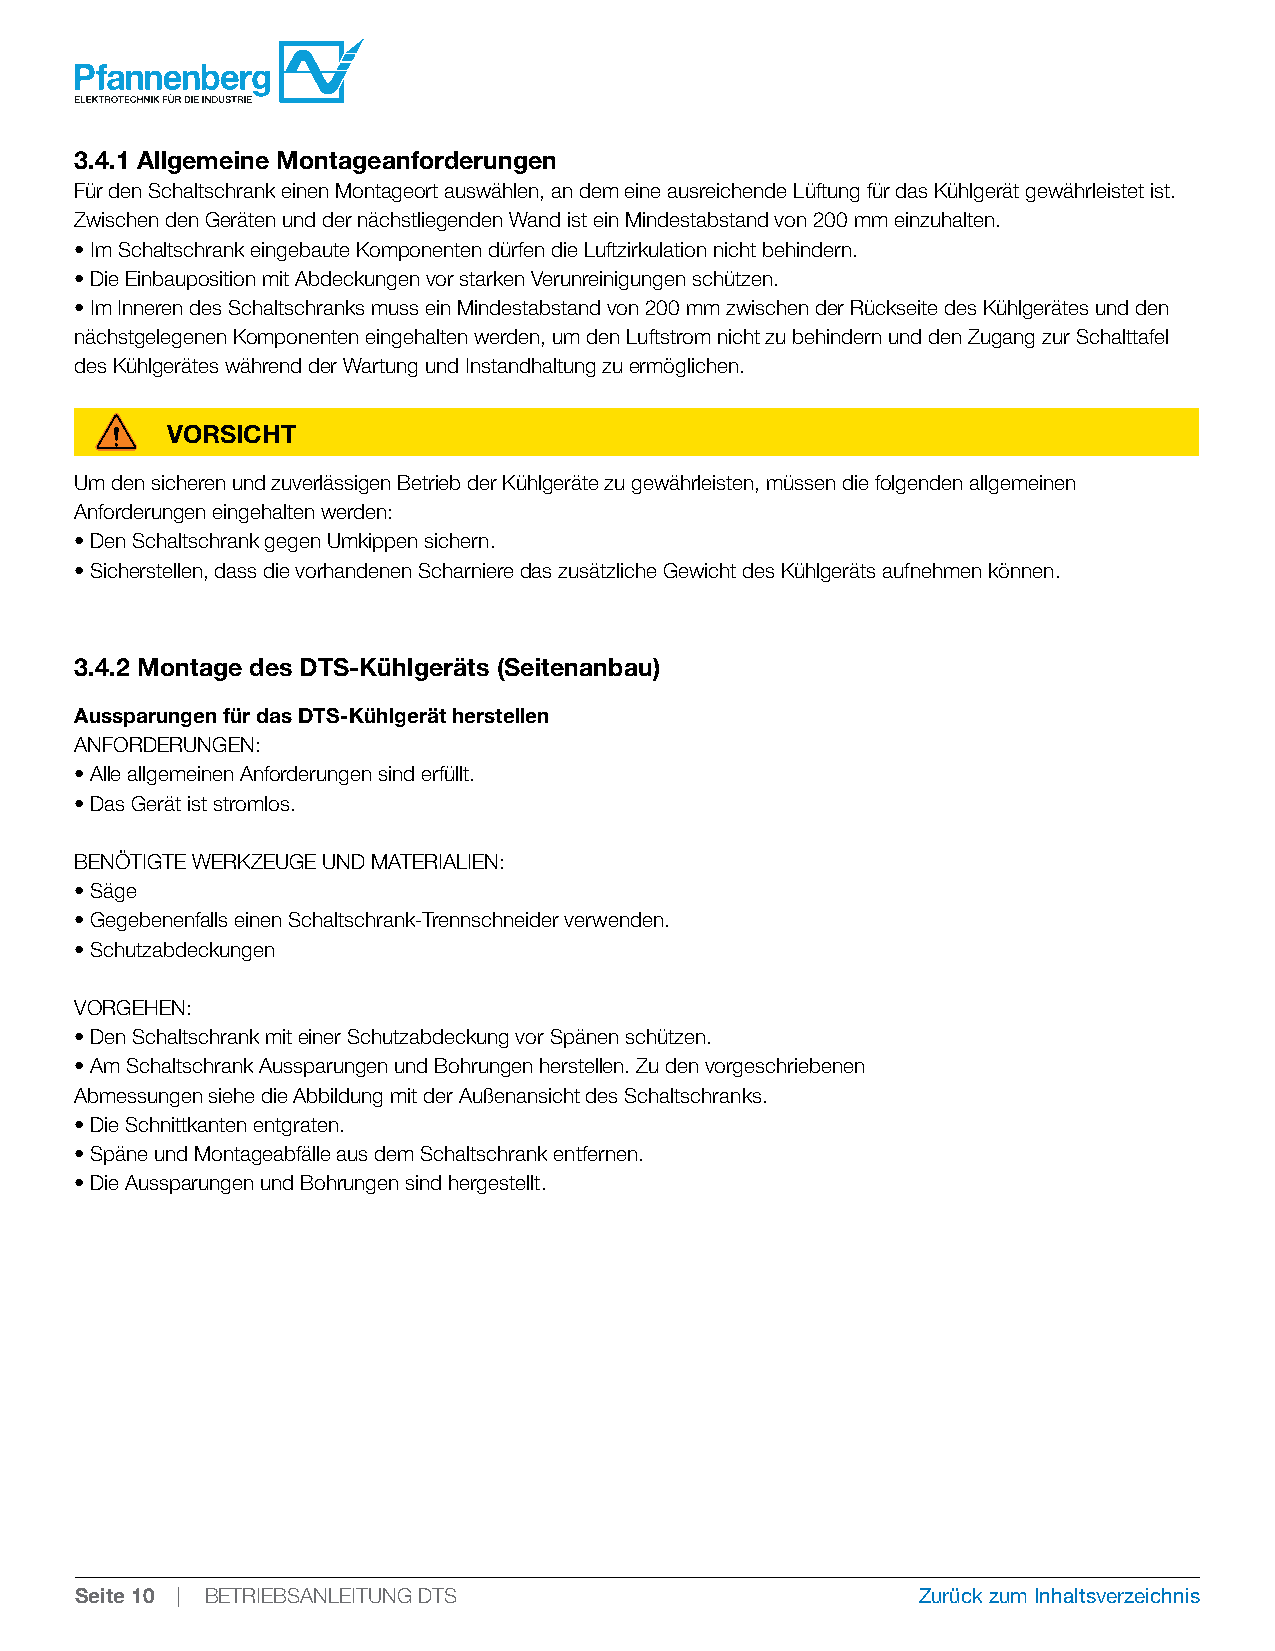
3.4.1 Allgemeine Montageanforderungen
 Für den Schaltschrank einen Montageort auswählen, an dem eine ausreichende Lüftung für das Kühlgerät gewährleistet ist.
 Zwischen den Geräten und der nächstliegenden Wand ist ein Mindestabstand von 200 mm einzuhalten.
 • Im Schaltschrank eingebaute Komponenten dürfen die Luftzirkulation nicht behindern.
 • Die Einbauposition mit Abdeckungen vor starken Verunreinigungen schützen.
 • Im Inneren des Schaltschranks muss ein Mindestabstand von 200 mm zwischen der Rückseite des Kühlgerätes und den
 nächstgelegenen Komponenten eingehalten werden, um den Luftstrom nicht zu behindern und den Zugang zur Schalttafel
 des Kühlgerätes während der Wartung und Instandhaltung zu ermöglichen.
 VORSICHT
 Um den sicheren und zuverlässigen Betrieb der Kühlgeräte zu gewährleisten, müssen die folgenden allgemeinen
 Anforderungen eingehalten werden:
 • Den Schaltschrank gegen Umkippen sichern.
 • Sicherstellen, dass die vorhandenen Scharniere das zusätzliche Gewicht des Kühlgeräts aufnehmen können.
 3.4.2 Montage des DTS-Kühlgeräts (Seitenanbau)
 Aussparungen für das DTS-Kühlgerät herstellen
 ANFORDERUNGEN:
 • Alle allgemeinen Anforderungen sind erfüllt.
 • Das Gerät ist stromlos.
 BENÖTIGTE WERKZEUGE UND MATERIALIEN:
 • Säge
 • Gegebenenfalls einen Schaltschrank-Trennschneider verwenden.
 • Schutzabdeckungen
 VORGEHEN:
 • Den Schaltschrank mit einer Schutzabdeckung vor Spänen schützen.
 • Am Schaltschrank Aussparungen und Bohrungen herstellen. Zu den vorgeschriebenen
 Abmessungen siehe die Abbildung mit der Außenansicht des Schaltschranks.
 • Die Schnittkanten entgraten.
 • Späne und Montageabfälle aus dem Schaltschrank entfernen.
 • Die Aussparungen und Bohrungen sind hergestellt.
 Seite 10 | BETRIEBSANLEITUNG DTS                        Zurück zum Inhaltsverzeichnis